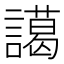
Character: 譪